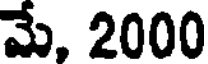
మే, 2000